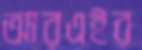
আরএইর